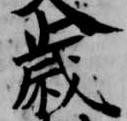
歳